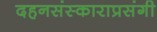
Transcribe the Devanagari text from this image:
दहनसंस्काराप्रसंगी